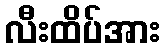
လီးထိပ်အား